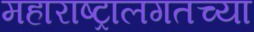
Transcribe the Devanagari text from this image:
महाराष्ट्रालगतच्या